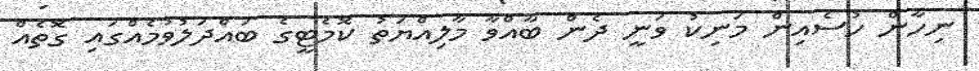
ނިހާން ހުސެއިން މަނިކު ވަނީ ދެން ބާއްވާ މާލިއްޔަތު ކޮމެޓީގެ ބައްދަލުވުމެއްގައި ގޮތެއް